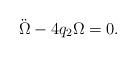
LaTeX: \begin{align*}\ddot{\Omega}-4q_2 \Omega=0.\end{align*}